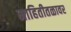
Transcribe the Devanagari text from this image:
माहितीतळावर